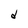
Character: d